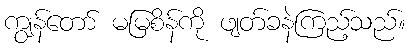
ကျွန်တော် မမြစိန်ကို ဖျတ်ခနဲကြည့်သည်။